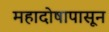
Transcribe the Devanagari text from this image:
महादोषापासून